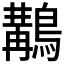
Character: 𪃺